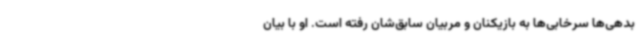
بدهی‌ها سرخابی‌ها به بازیکنان و مربیان سابق‌شان رفته است. او با بیان